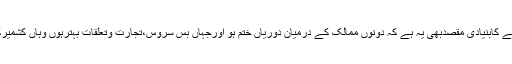
انہوں نے کہاکہ ہماراپاکستان آنے کابنیادی مقصدبھی یہ ہے کہ دونوں ممالک کے درمیان دوریاں ختم ہو اورجہاں بس سروس،تجارت وتعلقات بہترہوں وہاں کشمیرکے مسئلے پرمثبت پیشرفت ہو۔